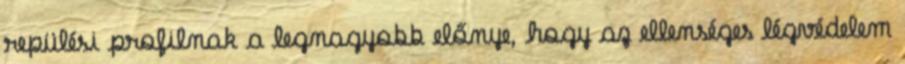
repülési profilnak a legnagyobb előnye, hogy az ellenséges légvédelem